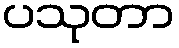
ပသုတာ